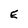
Character: E